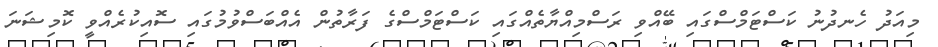
މިއަދު ހެނދުނު ކަސްޓަމްސްގައި ބޭއްވި ރަސްމިއްޔާތެއްގައި ކަސްޓަމްސްގެ ފަރާތުން އެއްބަސްވުމުގައި ސޮއިކުރެއްވީ ކޮމިޝަނަ